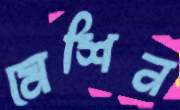
মেশিন